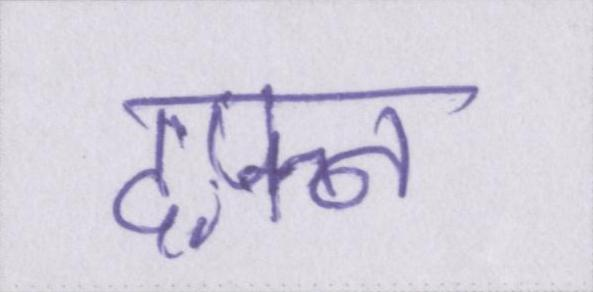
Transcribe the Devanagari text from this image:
दफ़्न